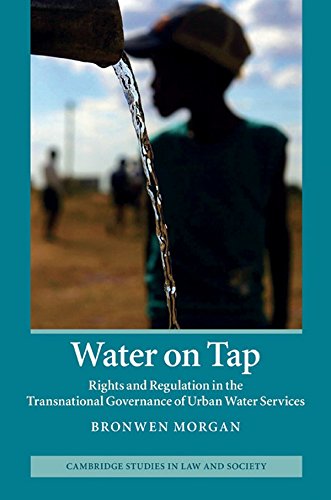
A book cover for Water on Tap: Rights and Regulation in the Transnational Governance of Urban Water Services (Cambridge Studies in Law and Society); Bronwen Morgan; Law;